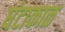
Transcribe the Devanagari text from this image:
घंटाकाळ